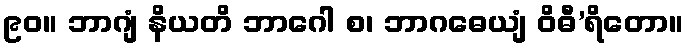
၉၀။ ဘာဂျံ နိယတိ ဘာဂေါ စ၊ ဘာဂဓေယျံ ဝိဓီ’ရိတော။